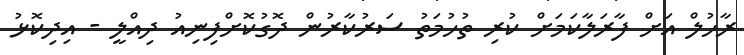
ރާހުލް އަށް ފާރަލާކަމަށް ކުރި ތުހުމަތު ސަރުކާރުން ދޮގުކޮށްފިނިއު ދިއްލީ - އިދިކޮޅު